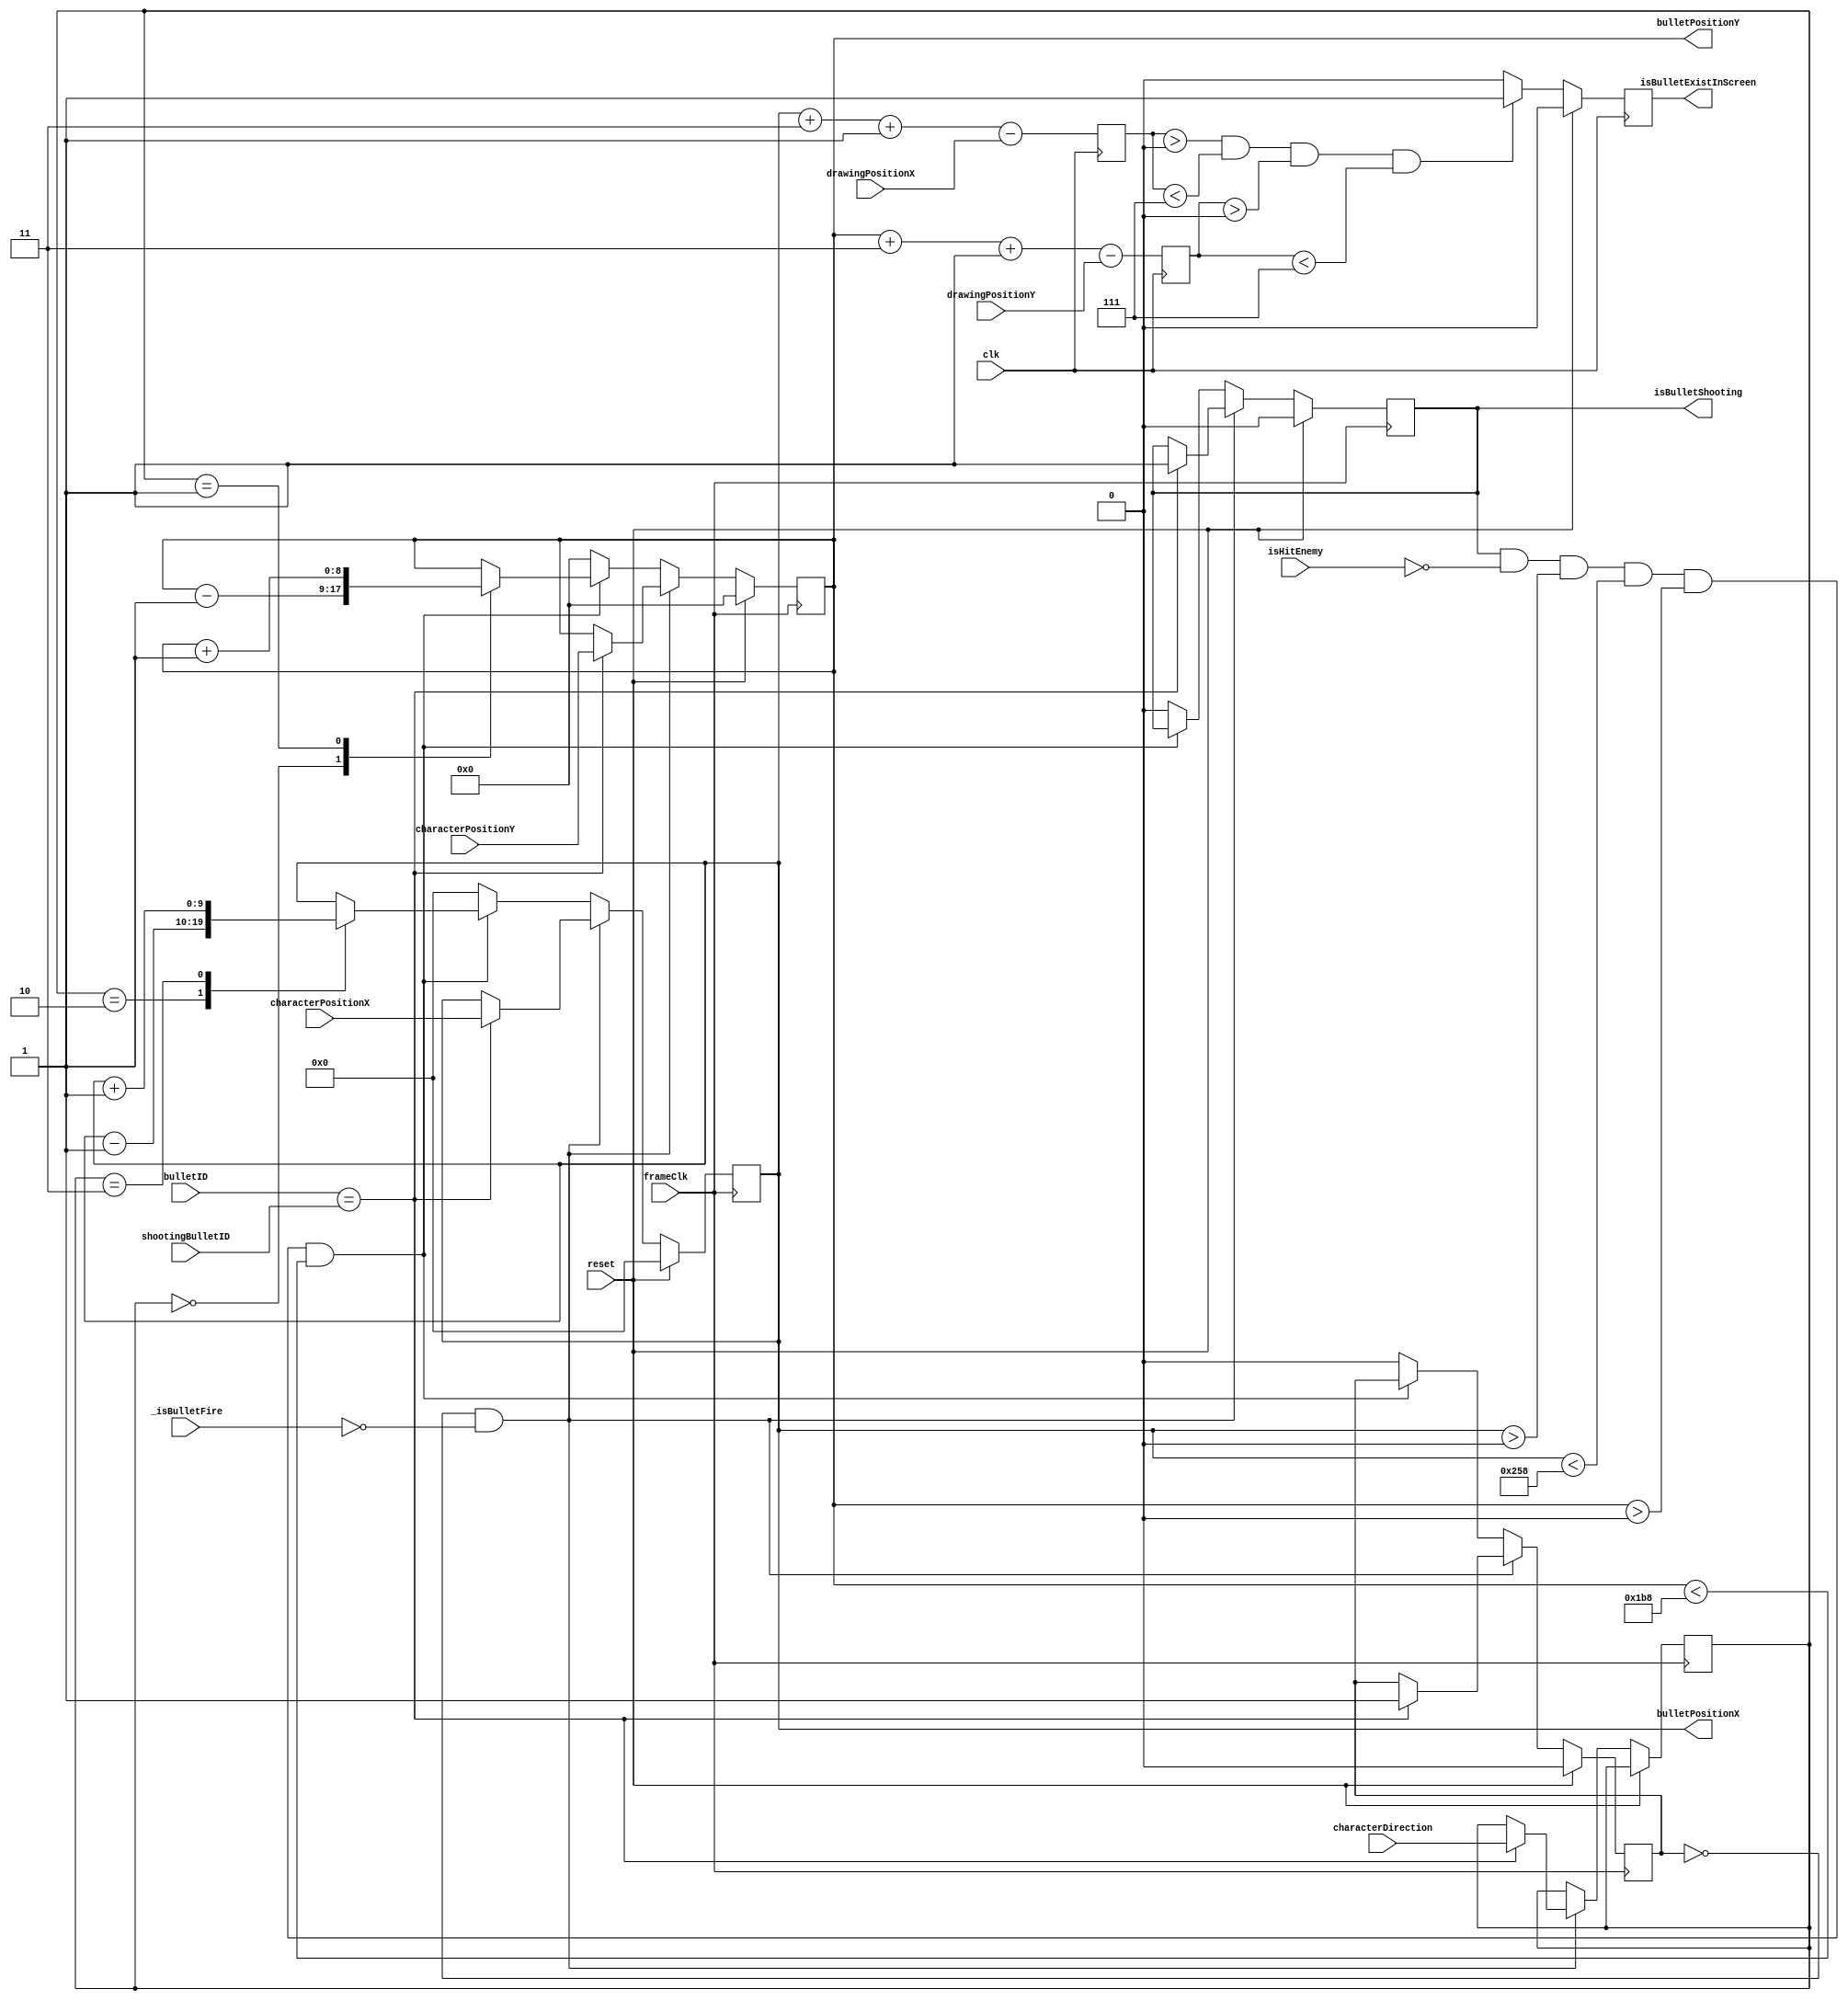
module bulletPosition(
	input clk,
	input frameClk,
	input wire [9:0] drawingPositionX,
	input wire [8:0] drawingPositionY,	
	input wire [9:0] characterPositionX,
	input wire [8:0] characterPositionY,
	input wire [1:0] characterDirection,
	input _isBulletFire,
	input isHitEnemy,
	input wire [4:0] bulletID,
	input wire [4:0] shootingBulletID,
	input reset,
	output reg isBulletShooting,
	output reg isBulletExistInScreen,
	output reg [9:0] bulletPositionX,
	output reg [8:0] bulletPositionY
);
	
	reg [1:0] bulletDirection;
	reg [9:0] diffPositionX;
	reg [8:0] diffPositionY; 
	reg recentBulletFire;
	initial begin
		bulletPositionX   =  'd0;
		bulletPositionY   =  'd0;
		bulletDirection   = 2'b00;
		isBulletShooting  = 1'b0;
		diffPositionX     =  'd0;
		diffPositionY     =  'd0;
		recentBulletFire  = 1'b0;
	end

	always @(posedge frameClk) begin
		if (reset == 1'b1) begin
			bulletPositionX   <=  'd0;
			bulletPositionY   <=  'd0;
			isBulletShooting  <= 1'b0;
			recentBulletFire  <= 1'b0;
		end else begin
			if (recentBulletFire == 0 && _isBulletFire == 0) begin // Button is active-low
				if (bulletID == shootingBulletID) begin
					bulletPositionX  <= characterPositionX;
					bulletPositionY  <= characterPositionY;
					bulletDirection  <= characterDirection;
					recentBulletFire <= 1'b1;
					isBulletShooting <= 1'b1;				
				end
			end else if(
				isBulletShooting == 1'b1 &&
				isHitEnemy       == 1'b0 && 
				bulletPositionX > 0 && bulletPositionX < 600 && bulletPositionY > 0 && bulletPositionY < 440
			) begin
				case(bulletDirection)
					2'b00: begin //to north
						bulletPositionY <= bulletPositionY - 1;
					end
					2'b01: begin //to south
						bulletPositionY <= bulletPositionY + 1;
					end
					2'b10: begin //to north
						bulletPositionX <= bulletPositionX - 1;
					end
					2'b11: begin //to north
						bulletPositionX <= bulletPositionX + 1;
					end
				endcase
			end else begin
				bulletPositionX   <=  'd0;
				bulletPositionY   <=  'd0;
				isBulletShooting  <= 1'b0;
				recentBulletFire  <= 1'b0;
			end
		end
	end

	always @(posedge clk) begin
		diffPositionX <= bulletPositionX + 3 + 1 - drawingPositionX;
		diffPositionY <= bulletPositionY + 3 + 1 - drawingPositionY;
		if (reset == 1'b1) begin
		 	isBulletExistInScreen <= 1'b0;
		end else if (diffPositionX > 0 && diffPositionX < 7 && diffPositionY > 0 && diffPositionY < 7) begin
			isBulletExistInScreen <= 1'b1;
		end else begin
			isBulletExistInScreen <= 1'b0;
		end
	end
endmodule